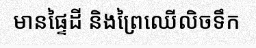
មានផ្ទៃដី និងព្រៃឈើលិចទឹក